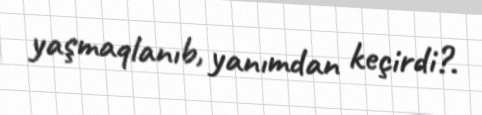
yaşmaqlanıb, yanımdan keçirdi?.